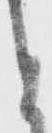
と